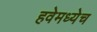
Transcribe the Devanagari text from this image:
हवेमध्येच